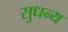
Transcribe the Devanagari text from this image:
सुधन्य